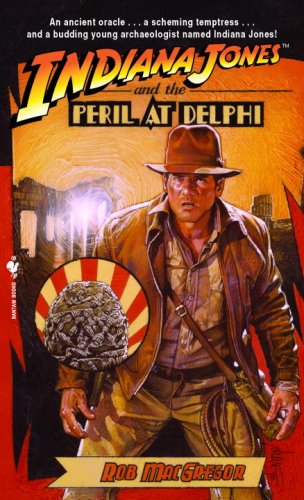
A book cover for Indiana Jones and the Peril at Delphi (Indiana Jones, No. 1); Rob MacGregor; Literature & Fiction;